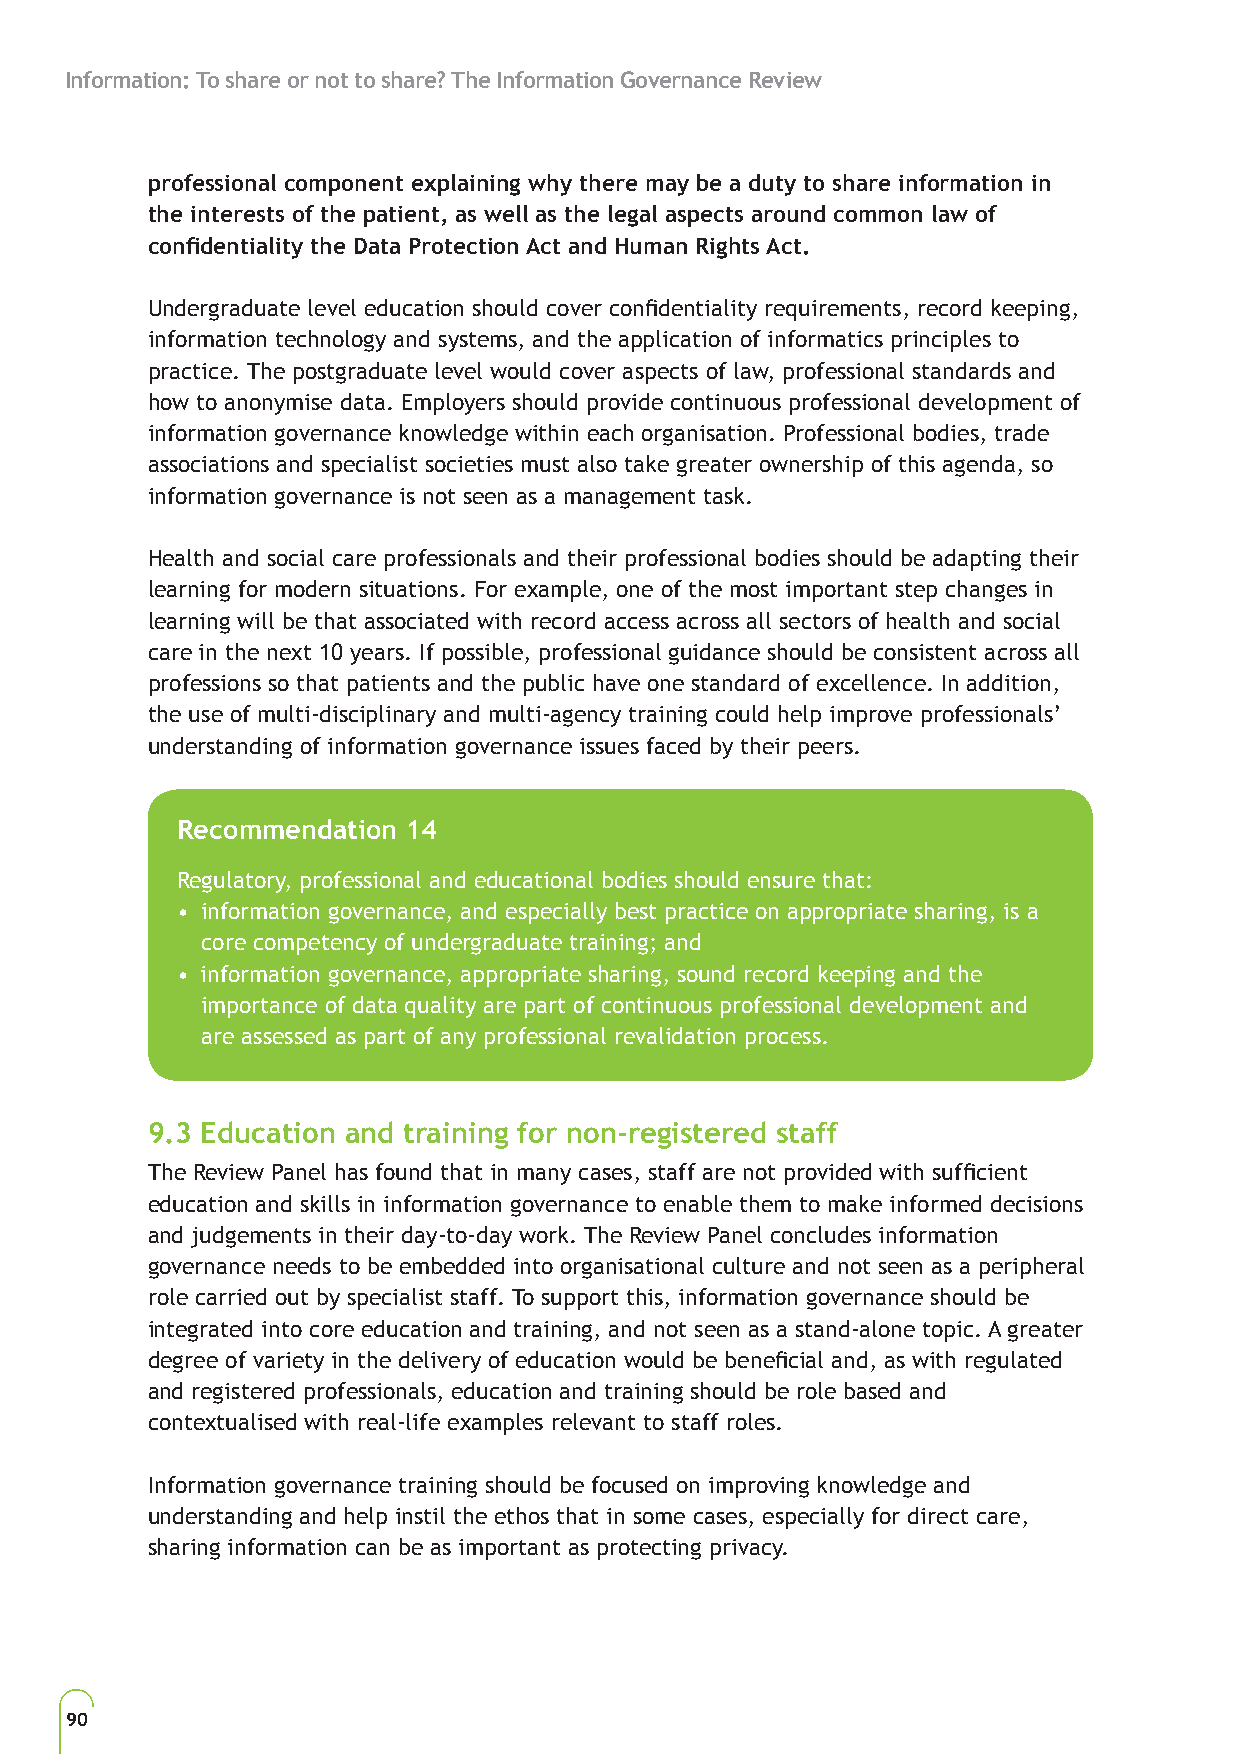
Information: To share or not to share? The Information Governance Review
 professional component explaining why there may be a duty to share information in
 the interests of the patient, as well as the legal aspects around common law of
 confidentiality the Data Protection Act and Human Rights Act.
 Undergraduate level education should cover confidentiality requirements, record keeping,
 information technology and systems, and the application of informatics principles to
 practice. The postgraduate level would cover aspects of law, professional standards and
 how to anonymise data. Employers should provide continuous professional development of
 information governance knowledge within each organisation. Professional bodies, trade
 associations and specialist societies must also take greater ownership of this agenda, so
 information governance is not seen as a management task.
 Health and social care professionals and their professional bodies should be adapting their
 learning for modern situations. For example, one of the most important step changes in
 learning will be that associated with record access across all sectors of health and social
 care in the next 10 years. If possible, professional guidance should be consistent across all
 professions so that patients and the public have one standard of excellence. In addition,
 the use of multi-disciplinary and multi-agency training could help improve professionals’
 understanding of information governance issues faced by their peers.
 Recommendation 14
 Regulatory, professional and educational bodies should ensure that:
 • information governance, and especially best practice on appropriate sharing, is a
 core competency of undergraduate training; and
 • information governance, appropriate sharing, sound record keeping and the
 importance of data quality are part of continuous professional development and
 are assessed as part of any professional revalidation process.
 9.3 Education and training for non-registered staff
 The Review Panel has found that in many cases, staff are not provided with sufficient
 education and skills in information governance to enable them to make informed decisions
 and judgements in their day-to-day work. The Review Panel concludes information
 governance needs to be embedded into organisational culture and not seen as a peripheral
 role carried out by specialist staff. To support this, information governance should be
 integrated into core education and training, and not seen as a stand-alone topic. A greater
 degree of variety in the delivery of education would be beneficial and, as with regulated
 and registered professionals, education and training should be role based and
 contextualised with real-life examples relevant to staff roles.
 Information governance training should be focused on improving knowledge and
 understanding and help instil the ethos that in some cases, especially for direct care,
 sharing information can be as important as protecting privacy.
 90